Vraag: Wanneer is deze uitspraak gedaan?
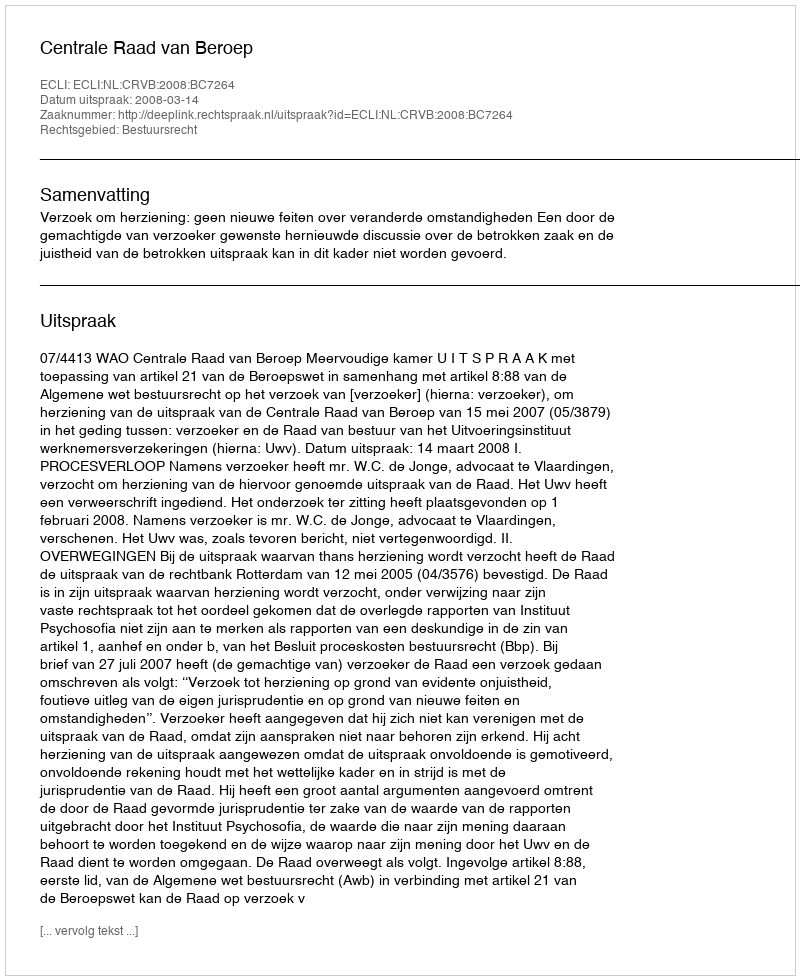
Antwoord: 2008-03-14